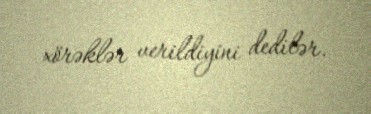
xörəklər verildiyini dedilər.